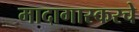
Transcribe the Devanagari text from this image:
मादागास्करचे